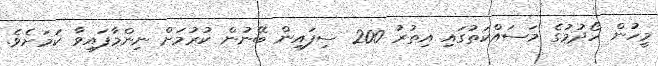
މީހުން ހޯދުމުގެ މަސައްކަތުގައި އިތުރު 200 ސިފައިން ބޭނުން ކުރުމަށް ނިންމާފައިވާ ކަމަށެވެ.